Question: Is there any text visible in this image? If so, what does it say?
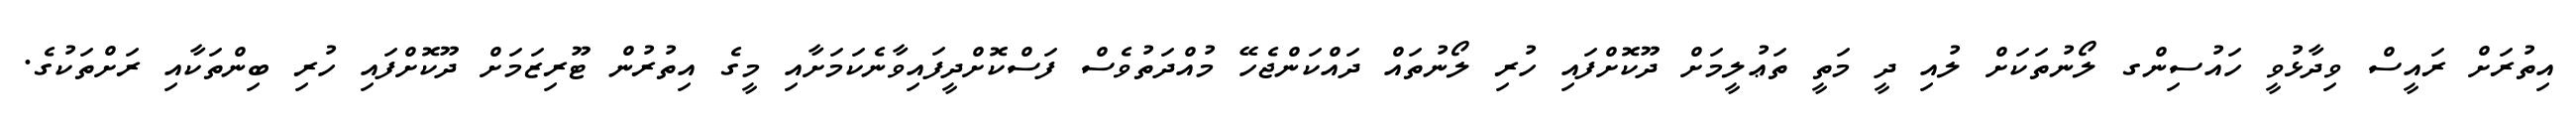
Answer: އިތުރަށް ރައީސް ވިދާޅުވީ ހައުސިންގ ލޯނުތަކަށް ލުއި ދީ މަތީ ތަޢުލީމަށް ދޫކޮށްފައި ހުރި ލޯނުތައް ދައްކަންޖެހޭ މުއްދަތުވެސް ފަސްކޮށްދީފައިވާނެކަމަށާއި މީގެ އިތުރުން ޓޫރިޒަމަށް ދޫކޮށްފައި ހުރި ބިންތަކާއި ރަށްތަކުގެ.